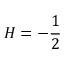
H = - \frac 1 2